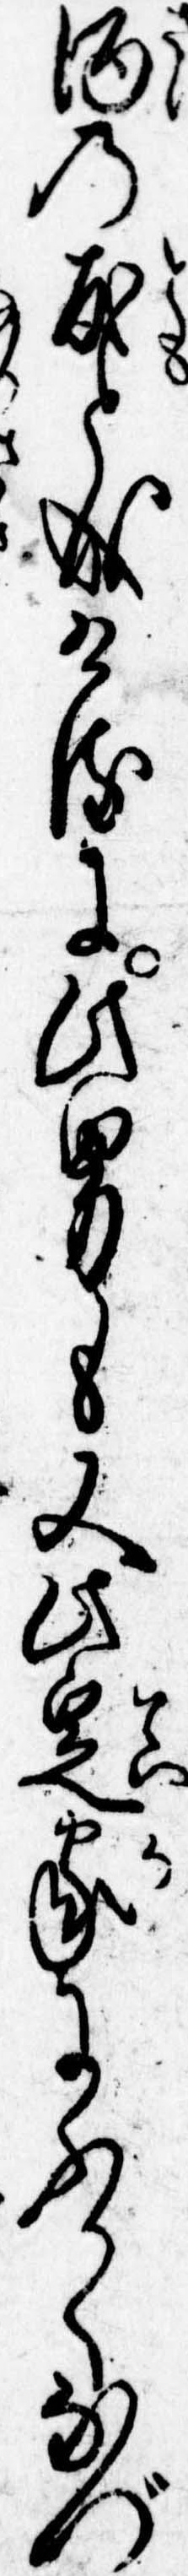
酒の友と成けるに此男も又此定家にふかくなづ